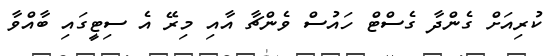
ކުރިއަށް ގެންދާ ގެސްޓް ހައުސް ވެންޗާ އާއި މިރޭ އެ ސިޓީގައި ބާއްވާ